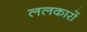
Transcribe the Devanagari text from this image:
ललकारों